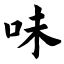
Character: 味